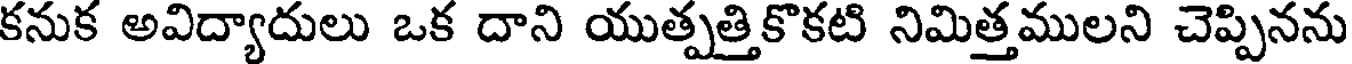
కనుక అవిద్యాదులు ఒక దాని యుత్పత్తికొకటి నిమిత్తములని చెప్పినను